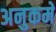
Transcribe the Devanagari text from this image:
अनुकमे